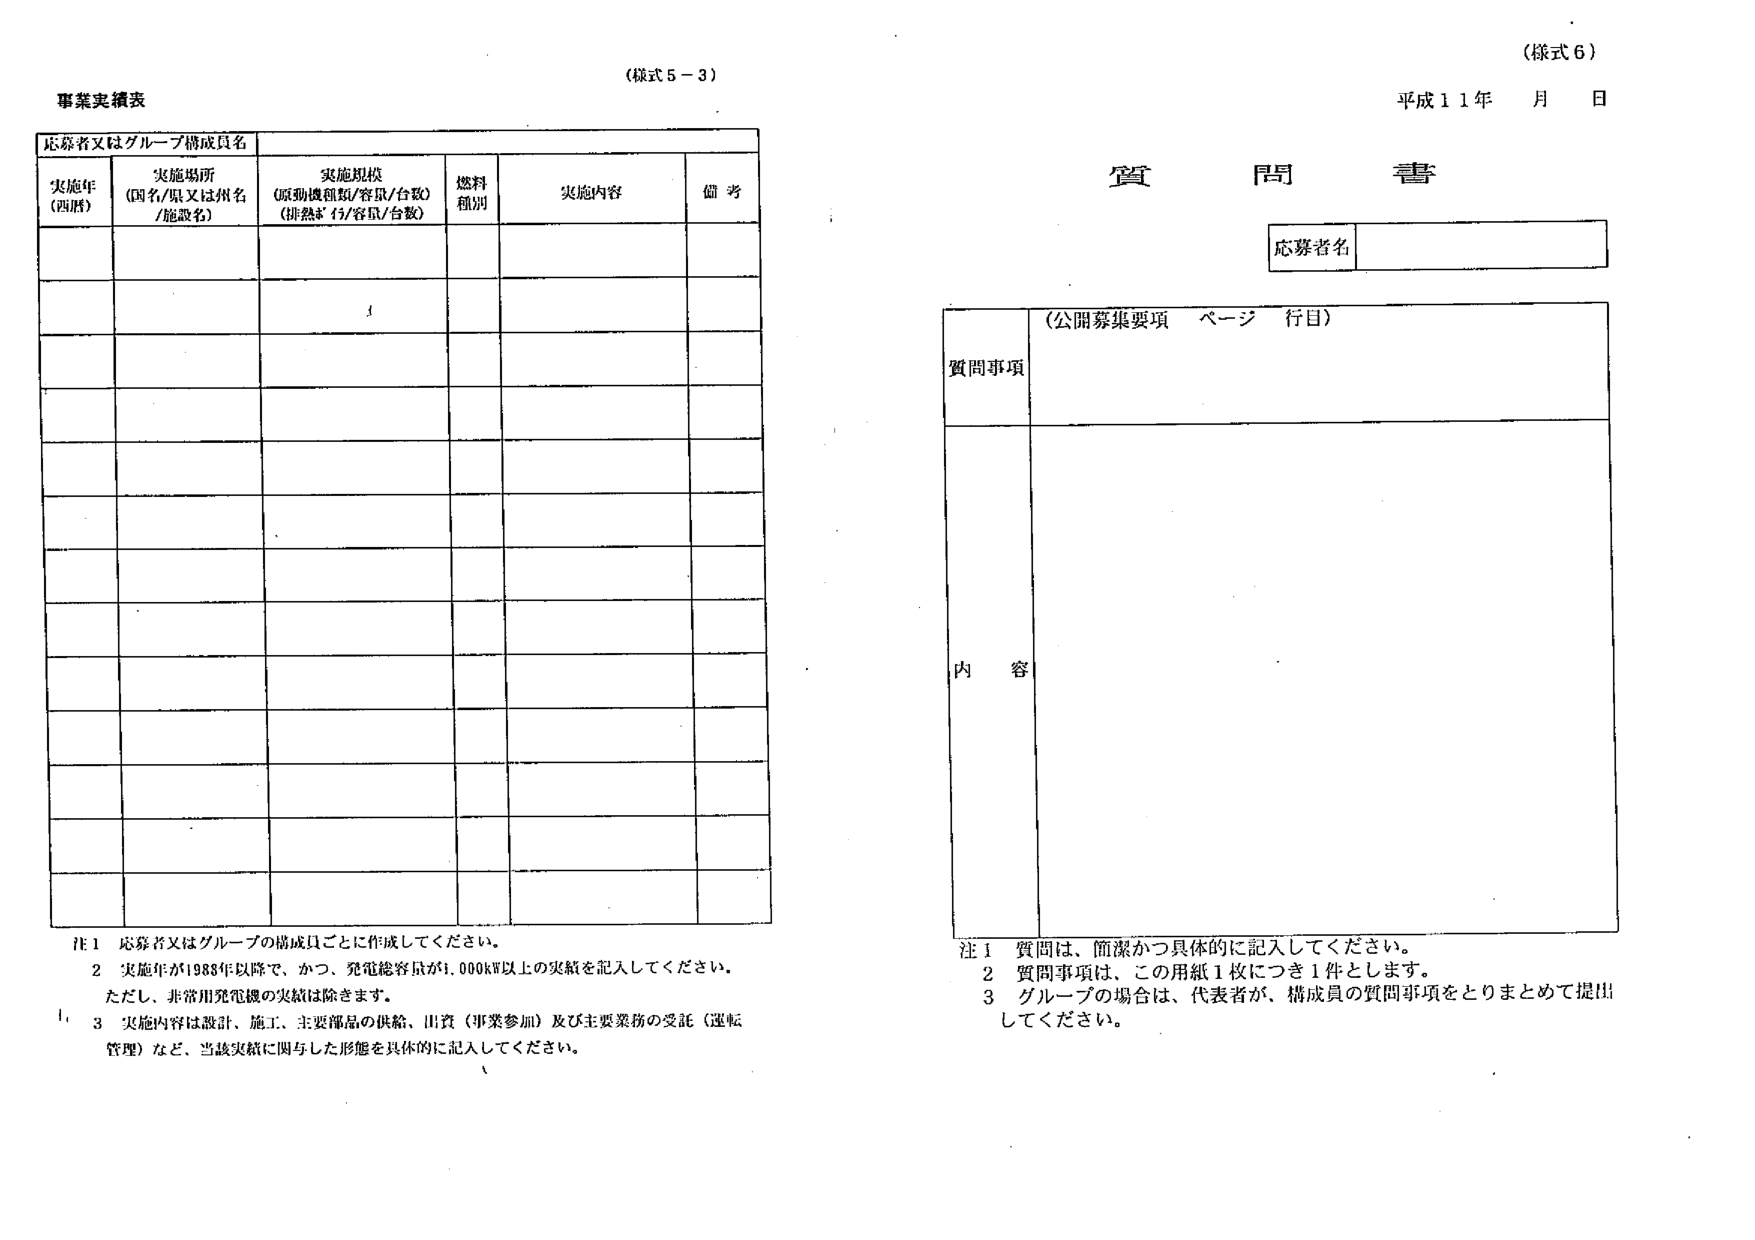
(様式5-3)
事業実績表
応募者又はグループ構成員名
実施年 (西暦)
実施場所 (国名/県又は州名/施設名)
実施規模 (原動機種類/容量/台数) (排熱量/容量/台数)
燃料種別
実施内容
備考

注1 応募者又はグループの構成員ごとに作成してください。
2 実施年が1988年以降で、かつ、発電総容量が1,000kW以上の実績を記入してください。
ただし、非常用発電機の実績は除きます。
3 実施内容は設計、施工、主要部品の供給、出資（事業参加）及び主要業務の受託（運転管理）など、当該実績に関与した形態を具体的に記入してください。

(様式6)
平成11年 月 日
質問書
応募者名
(公開募集要項 ページ 行目)
質問事項
内容

注1 質問は、簡潔かつ具体的に記入してください。
2 質問事項は、この用紙1枚につき1件とします。
3 グループの場合は、代表者が、構成員の質問事項をとりまとめて提出してください。